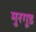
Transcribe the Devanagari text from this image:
मुरगूड